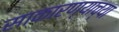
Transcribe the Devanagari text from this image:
साकारण्याच्या